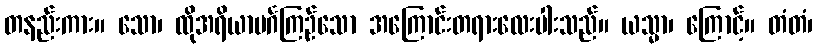
တနည်းကား။ သော၊ ထိုအရိယာမင်္ဂကြဉ်သော အကြောင်းတရားလေးပါးသည်။ ယသ္မာ၊ ကြောင့်။ တံတံ၊